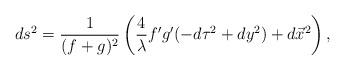
LaTeX: \begin{align*}ds^2 = \frac{1}{(f+g)^2}\left( \frac{4}{\lambda}f'g'(-d\tau^2 + dy^2) + d\vec{x}^2 \right),\end{align*}